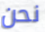
نحن